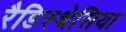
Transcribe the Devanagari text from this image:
रैडिस्थेसिया